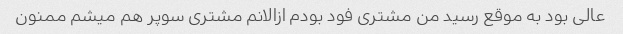
عالی بود به موقع رسید من مشتری فود بودم ازالانم مشتری سوپر هم میشم ممنون